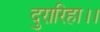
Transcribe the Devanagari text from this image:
दुरारिहा।।